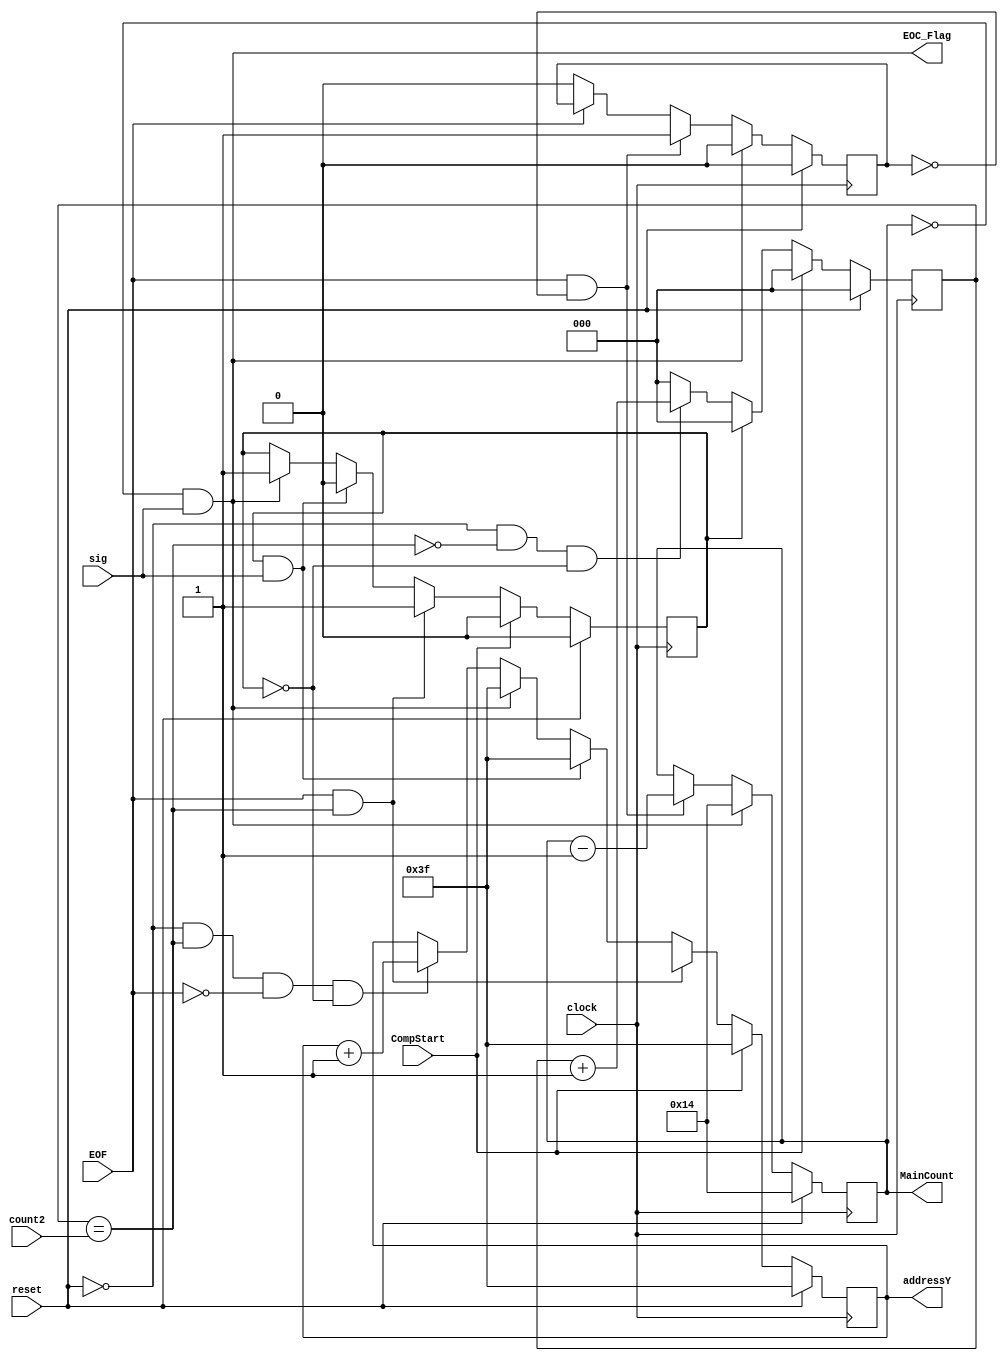
module y_arbiter(reset,clock,addressY,count2,EOF,MainCount, sig,EOC_Flag,CompStart);

input clock;
input CompStart;
input [2:0] count2;
input reset;
output [10:0] addressY;
input EOF;
input        sig;
output [4:0] MainCount;
output 	     EOC_Flag;

reg [10:0] addressY;
reg [2:0] count;
reg [4:0] MainCount;
reg NewFlag;
reg       HoldFlag;

wire [2:0] def;
wire select;
reg EOC_Flag;
reg CompFlag,buf2;

always@(posedge clock)
begin
	buf2 <= CompStart;	
	CompFlag <= buf2;


end

always@(posedge clock)
begin
	if(reset)
	begin
		count <= 3'd0;
		//CompFlag <= 1'b0;
	end
	else if (CompStart)
		count <= 1'b0;
	//else if (CompFlag == 1'b1)
	//	count <= 3'd1;
	else if(HoldFlag == 1'b1)
		count <= 3'd0;
	else if(!reset && !select && HoldFlag == 1'b0)
		count <= count + 3'd1;
	else
		count <= 3'd0;
end

always@(posedge clock)
begin
	if(reset)
	begin
		addressY <= 11'h3F;
		HoldFlag <= 1'b0;
	end
	else if (CompStart)
	begin
		addressY <= 11'h3F;
		HoldFlag <= 1'b0;		
	end
	else if (EOF && select)
	begin
		addressY <= 11'hxx;
		HoldFlag <= 1'b1;
	end
	else if (HoldFlag == 1'b1 && sig)
	begin
		addressY <= 11'h3f;
		HoldFlag <= 1'b0;
	end
	else if(EOC_Flag)
	begin
		addressY <= 11'h3f;
		HoldFlag <= 1'b1;
	end
	else if(!reset && select && !EOF && HoldFlag == 1'b0)
		addressY <= addressY + 1'b1;
	else
		addressY <= addressY;
end

always@(posedge clock)
begin
	if (reset)
	begin
		NewFlag <= 1'b0;
		MainCount <= 5'd20;
	end
	else if (EOC_Flag)
	begin
		MainCount <= 5'd20;
		NewFlag <= 1'b0;
	end
	else if (EOF && NewFlag == 1'b0)
	begin
		MainCount <= MainCount - 1'b1;
		NewFlag <= 1'b1;
	end
	else if (EOF == 1'b0)
		NewFlag <= 1'b0;

end

/*always@(posedge clock)
begin
	if(reset)
		EOC_Flag = 1'b0;
	else if(MainCount == 5'b0)
		EOC_Flag = 1'b1;
	else
		EOC_Flag = 1'b0;
end*/

always@(*)
begin
	EOC_Flag = ((MainCount == 5'b0) && sig);

end

assign select = (count == count2);


endmodule